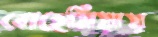
বোহেমিয়ায়